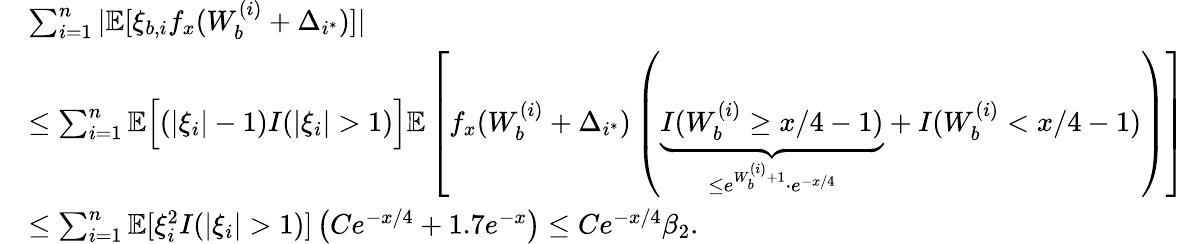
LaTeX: \begin{array}{rl}&{\sum_{i=1}^{n}|\mathbb{E}[\xi_{b,i}f_{x}(W_{b}^{(i)}+\Delta_{i^{*}})]|}\\ &{\leq\sum_{i=1}^{n}\mathbb{E}\Big[(|\xi_{i}|-1)I(|\xi_{i}|>1)\Big]\mathbb{E}\left[f_{x}(W_{b}^{(i)}+\Delta_{i^{*}})\left(\underbrace{I(W_{b}^{(i)}\geq x/4-1)}_{\leq e^{W_{b}^{(i)}+1}\cdot e^{-x/4}}+I(W_{b}^{(i)}<x/4-1)\right)\right]}\\ &{\leq\sum_{i=1}^{n}\mathbb{E}[\xi_{i}^{2}I(|\xi_{i}|>1)]\left(Ce^{-x/4}+1.7e^{-x}\right)\leq Ce^{-x/4}\beta_{2}.}\end{array}